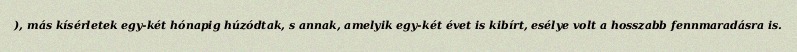
), más kísérletek egy-két hónapig húzódtak, s annak, amelyik egy-két évet is kibírt, esélye volt a hosszabb fennmaradásra is.